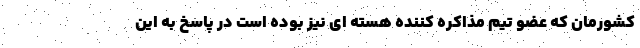
کشورمان که عضو تیم مذاکره کننده هسته ای نیز بوده است در پاسخ به این